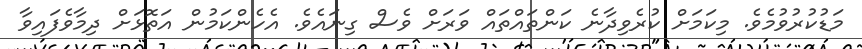
މަޑުކުރުވުމެވެ. މިކަމަށް ކުރެވިދާނެ ކަންތައްތައް ވަރަށް ވެސް ގިނައެވެ. އެހެންކަމުން އަތޮޅަށް ދިމާވެފައިވާ